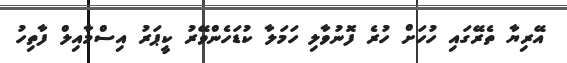
އޭރިޔާ ތެރޭގައި ހުހަށް ހުރެ ފޮނުވާލި ހަމަލާ ކުޑަހެންވޭރު ކީޕަރު އިސްމާއިލް ފާތިހު